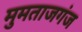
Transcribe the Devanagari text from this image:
मुमताजगंज